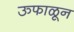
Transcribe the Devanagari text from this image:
ऊफाळून